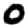
Digit: 0